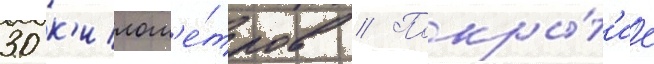
30 к'илом'е́тров // Покры́т'ие